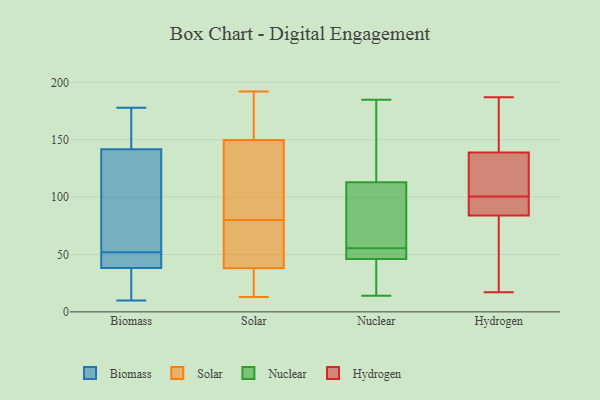
{"axis": {"x": "Customer Acquisition Cost (USD)", "y": "Value"}, "legend": ["Biomass", "Hydrogen", "Nuclear", "Solar"], "data": [{"x": "", "y": 52, "type": "Biomass"}, {"x": "", "y": 43, "type": "Biomass"}, {"x": "", "y": 156, "type": "Biomass"}, {"x": "", "y": 178, "type": "Biomass"}, {"x": "", "y": 141, "type": "Biomass"}, {"x": "", "y": 10, "type": "Biomass"}, {"x": "", "y": 14, "type": "Biomass"}, {"x": "", "y": 142, "type": "Biomass"}, {"x": "", "y": 37, "type": "Biomass"}, {"x": "", "y": 63, "type": "Biomass"}, {"x": "", "y": 42, "type": "Biomass"}, {"x": "", "y": 48, "type": "Solar"}, {"x": "", "y": 105, "type": "Solar"}, {"x": "", "y": 155, "type": "Solar"}, {"x": "", "y": 155, "type": "Solar"}, {"x": "", "y": 13, "type": "Solar"}, {"x": "", "y": 87, "type": "Solar"}, {"x": "", "y": 192, "type": "Solar"}, {"x": "", "y": 148, "type": "Solar"}, {"x": "", "y": 13, "type": "Solar"}, {"x": "", "y": 80, "type": "Solar"}, {"x": "", "y": 44, "type": "Solar"}, {"x": "", "y": 20, "type": "Solar"}, {"x": "", "y": 75, "type": "Solar"}, {"x": "", "y": 62, "type": "Nuclear"}, {"x": "", "y": 83, "type": "Nuclear"}, {"x": "", "y": 39, "type": "Nuclear"}, {"x": "", "y": 49, "type": "Nuclear"}, {"x": "", "y": 185, "type": "Nuclear"}, {"x": "", "y": 46, "type": "Nuclear"}, {"x": "", "y": 49, "type": "Nuclear"}, {"x": "", "y": 168, "type": "Nuclear"}, {"x": "", "y": 14, "type": "Nuclear"}, {"x": "", "y": 113, "type": "Nuclear"}, {"x": "", "y": 53, "type": "Hydrogen"}, {"x": "", "y": 163, "type": "Hydrogen"}, {"x": "", "y": 93, "type": "Hydrogen"}, {"x": "", "y": 184, "type": "Hydrogen"}, {"x": "", "y": 118, "type": "Hydrogen"}, {"x": "", "y": 129, "type": "Hydrogen"}, {"x": "", "y": 96, "type": "Hydrogen"}, {"x": "", "y": 115, "type": "Hydrogen"}, {"x": "", "y": 17, "type": "Hydrogen"}, {"x": "", "y": 55, "type": "Hydrogen"}, {"x": "", "y": 98, "type": "Hydrogen"}, {"x": "", "y": 89, "type": "Hydrogen"}, {"x": "", "y": 139, "type": "Hydrogen"}, {"x": "", "y": 17, "type": "Hydrogen"}, {"x": "", "y": 187, "type": "Hydrogen"}, {"x": "", "y": 158, "type": "Hydrogen"}, {"x": "", "y": 103, "type": "Hydrogen"}, {"x": "", "y": 84, "type": "Hydrogen"}]}